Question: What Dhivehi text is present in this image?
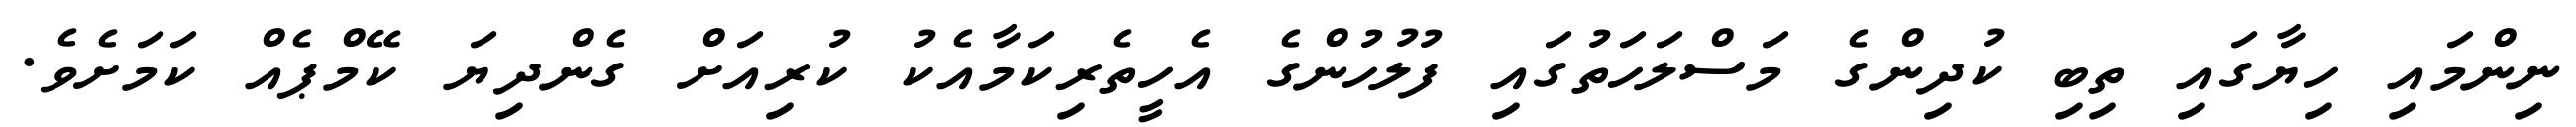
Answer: ނިންމައި ހިޔާގައި ތިބި ކުދިންގެ މަސްލަހަތުގައި ފުލުހުންގެ އެހީތެރިކަމާއެކު ކުރިއަށް ގެންދިޔަ ކޭމްޕެއް ކަމަށެވެ.